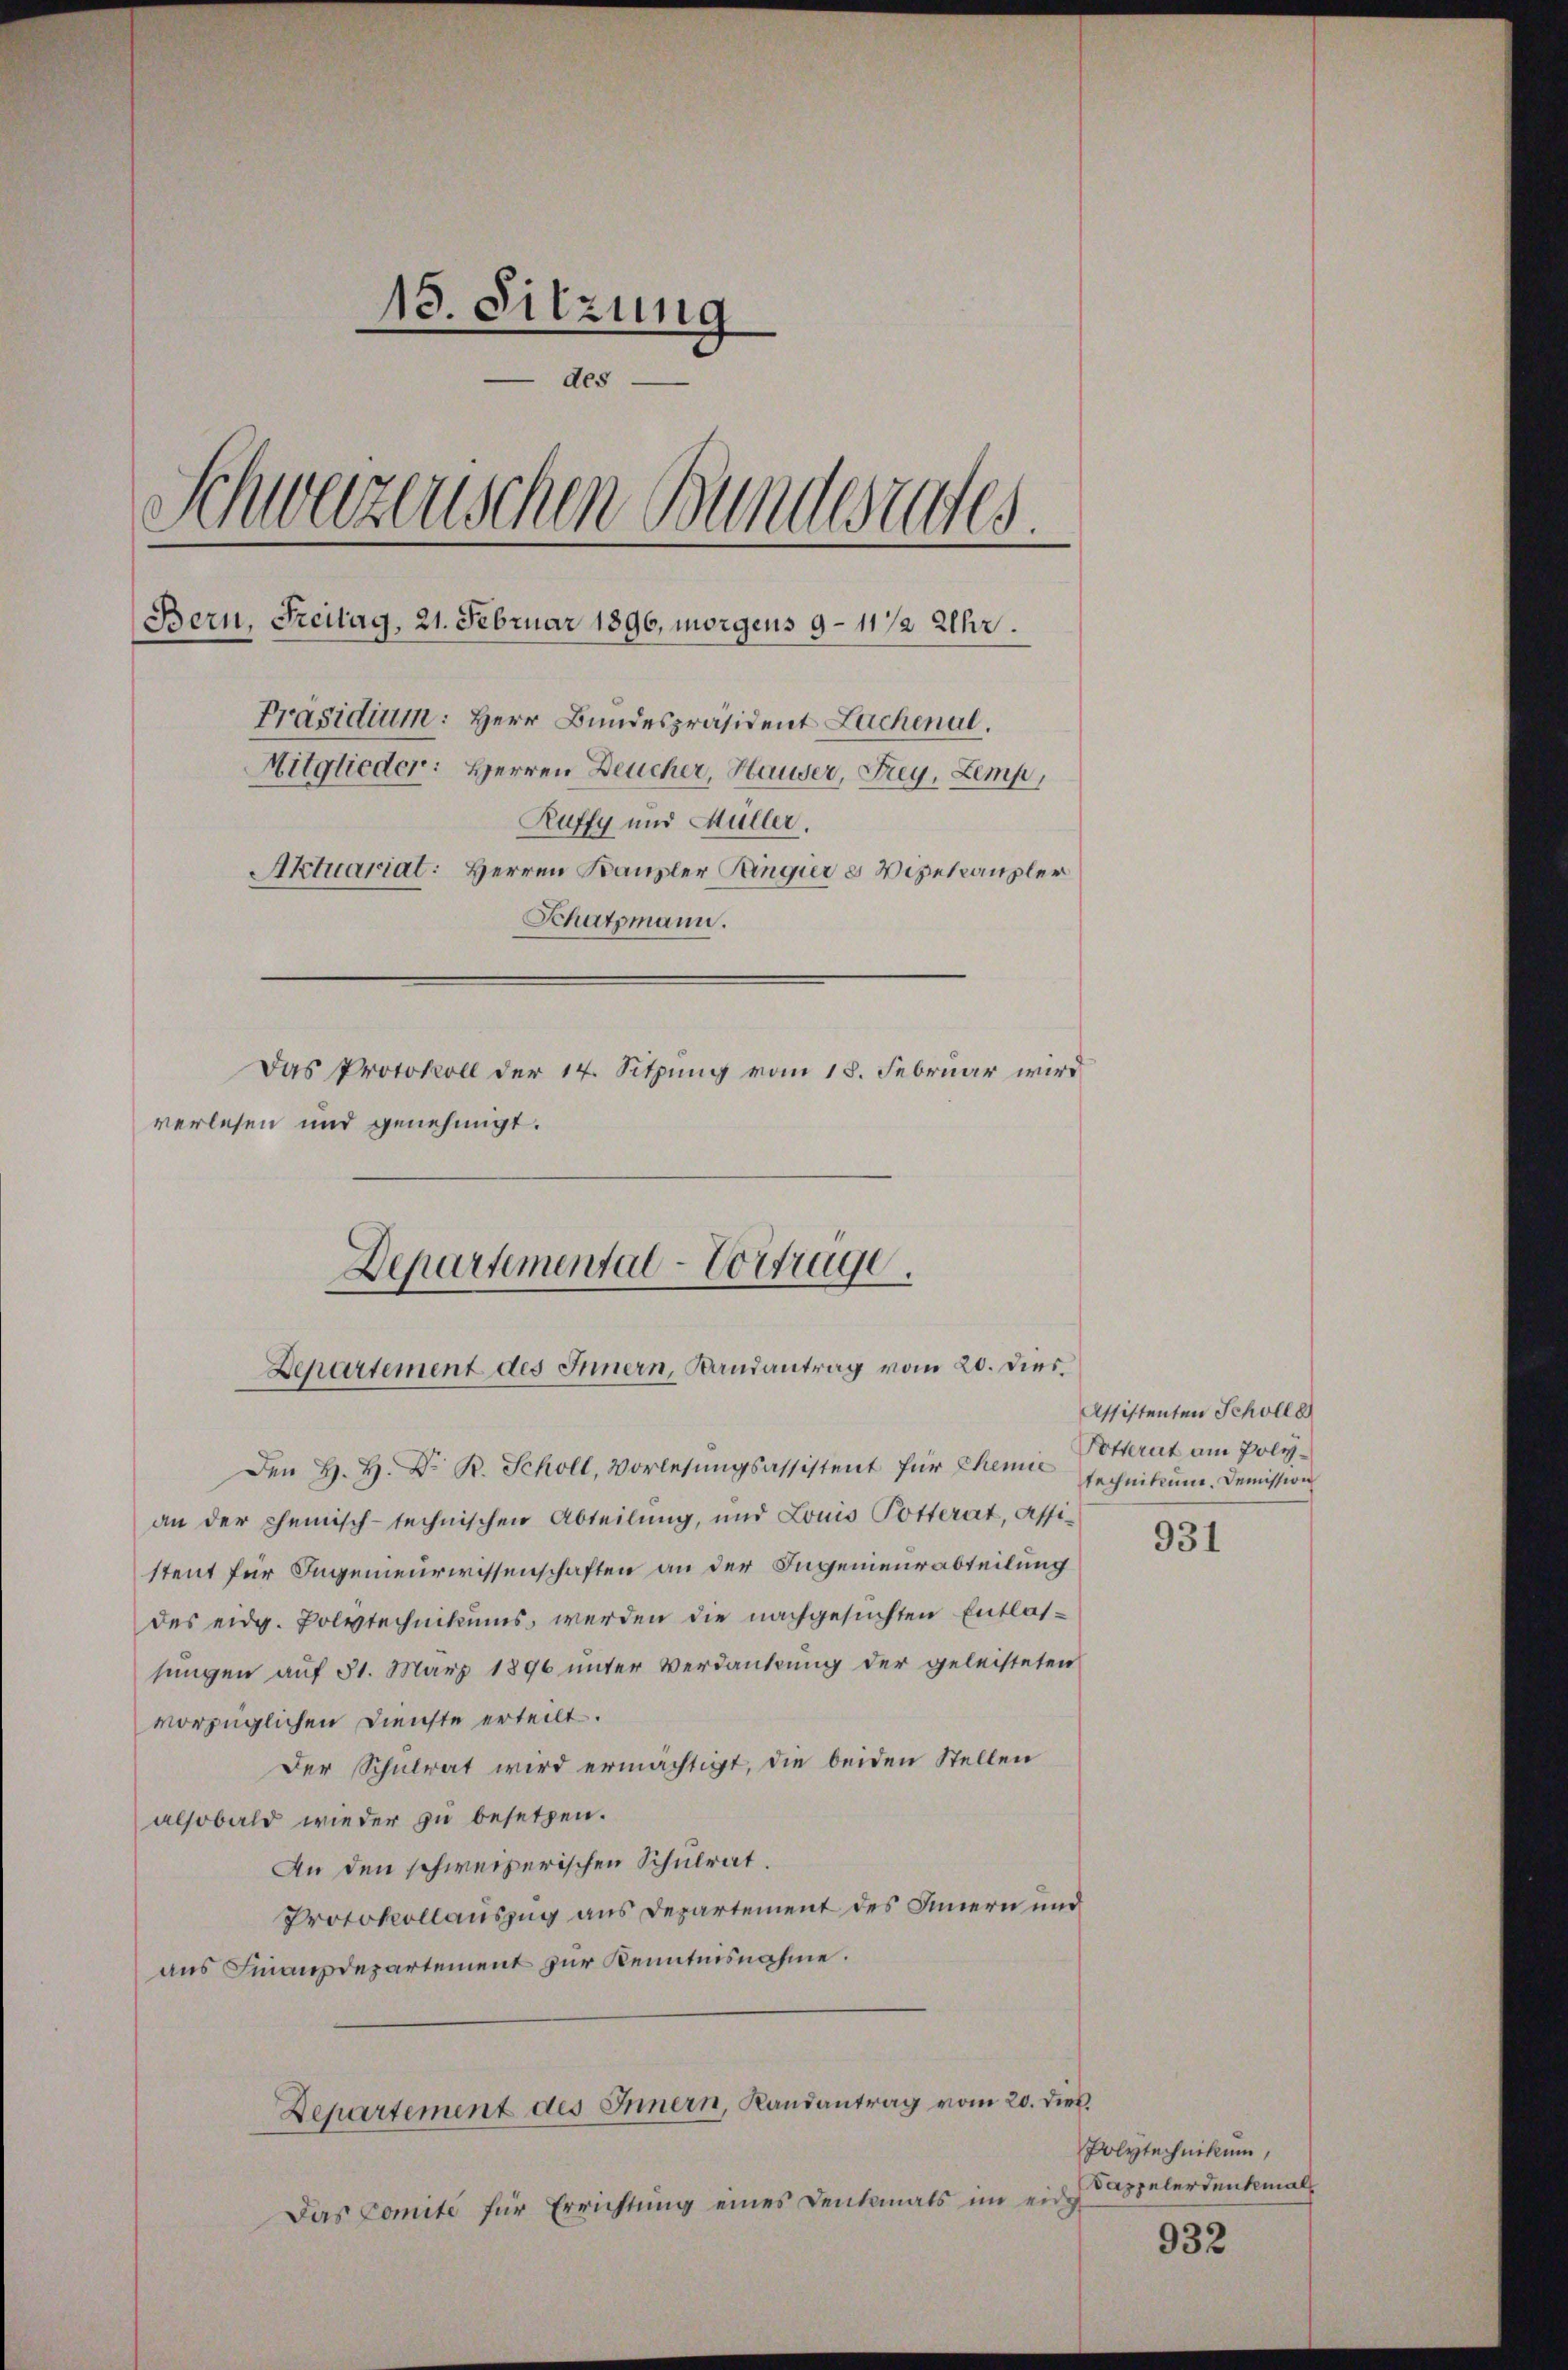
18. Sitzung
des
Schweizerischen Bundesrates.
Bern, Freitag, 21. Februar 1896, morgens 9–11/2 Uhr.
Präsidium: Herr Bundespräsident Lachenal.
Mitglieder: Herren Deucher, Hauser, Frey, Lemp,
Ruffy und Müller.
Aktuariat: Herren Kanzler Ringier u Vizekanzler
Schatzmann.
Das Protokoll der 14. Sitzung vom 18. Februar wird
verlesen und genehmigt.

Departemental-Vortrage.
Departement des Innern, Bandantrag vom 20. Dies

Den H. H. Dr. R. Scholl, Vorlesungsassistent für Chene Technikum. Demission
an der chemisch-technischen Abteilung, und Louis Potterat, assistent für Ingenieurwissenschaften an der Ingenieurabteilung
des eidg. Polytechnikums werden die nachgesuchten Entlassungen auf 31. März 1896 unter Verdankung der geleisteten
vorzüglichen Dienste erteilt.
Der Schulrat wird ermächtigt, die beiden Stellen
alsobald wieder zu besetzen.
An den schweizerischen Schulrat.
Protokollauszug aus Departement des Innern und
aus Finanzdepartement zur Kenntnisnahme.
Departement des Innern, Randantrag vom 20. dieß.
Das Comite für Errichtung eines Denkmals im eide

Assistenten Scholle
Potterat am Poly¬

931

Polytechnikum,
Sappeler denkmal

932